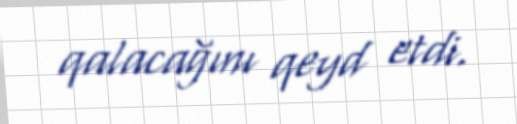
qalacağını qeyd etdi.